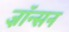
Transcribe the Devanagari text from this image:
ज़ॉन्सन